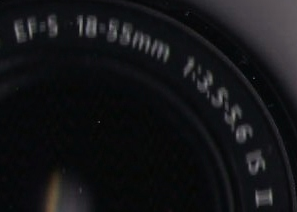
EF-S 18-55mm 1:3,5-5.6 IS I